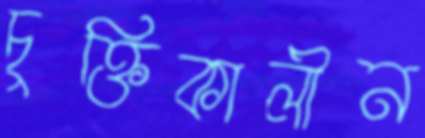
চুক্তিকালীন